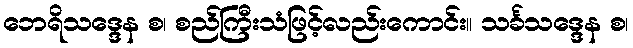
ဘေရိသဒ္ဒေန စ၊ စည်ကြီးသံဖြင့်လည်းကောင်း။ သင်္ခသဒ္ဒေန စ၊